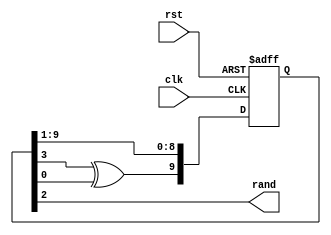
/*
	Authors: Darren Stahl, Hasith Vidanamadura, Robert Nelson
    Date: December 6th 2013
*/

// =======================================================================================
// LFSR
//	- Outputs rand after a "random" length of time
//----------------------------------------------------------------------------------------
`timescale 1ms / 1ms
module LFSR(clk, rst, rand);
	input clk, rst;
	output rand;
	
	reg [9:0] lfsr;

	// LFSR x + x3 + x10
	always @(posedge clk or posedge rst)
		begin
   		if (rst) lfsr <= 1;
       	else 
			begin
				//shift
				lfsr[8:0] <= lfsr[9:1];
				//external logic
				lfsr[9]<=lfsr[3]^lfsr[0];
			end
		end

    // output logic
	assign rand = lfsr[2];

endmodule